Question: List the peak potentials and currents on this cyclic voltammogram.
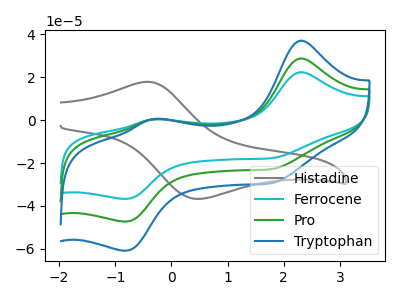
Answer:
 <answer>The gray curve "Histadine" has an anodic peak at (-0.40V, 17.85uA) and a cathodic peak at (0.45V, -36.70uA). The cyan curve "Ferrocene" has anodic peaks at (2.30V, 22.35uA) (-0.30V, 0.35uA) and cathodic peaks at (1.80V, -17.55uA) (-0.85V, -36.70uA). The green curve "Pro" has anodic peaks at (2.30V, 28.75uA) (-0.30V, 0.45uA) and cathodic peaks at (1.80V, -22.65uA) (-0.85V, -47.30uA). The blue curve "Tryptophan" has anodic peaks at (2.30V, 57.55uA) (-0.30V, 0.85uA) and cathodic peaks at (1.80V, -45.25uA) (-0.85V, -94.55uA).</answer>
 <eval></eval>